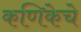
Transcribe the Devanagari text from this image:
कणिकेचे